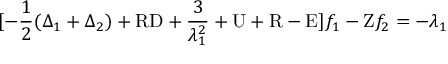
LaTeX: [ - \frac { 1 } { 2 } ( \Delta _ { 1 } + \Delta _ { 2 } ) + \mathrm { R D } + \frac { 3 } { \lambda _ { 1 } ^ { 2 } } + \mathrm { U } + \mathrm { R } - \mathrm { E } ] f _ { 1 } - \mathrm { Z } f _ { 2 } = - \lambda _ { 1 }